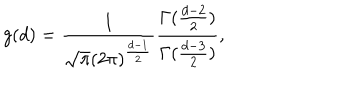
LaTeX: g ( d ) = \frac { 1 } { \sqrt { \pi } ( 2 \pi ) ^ { \frac { d - 1 } { 2 } } } \frac { \Gamma ( \frac { d - 2 } { 2 } ) } { \Gamma ( \frac { d - 3 } { 2 } ) } ,